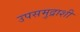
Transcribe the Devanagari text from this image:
उपसमुद्राशी